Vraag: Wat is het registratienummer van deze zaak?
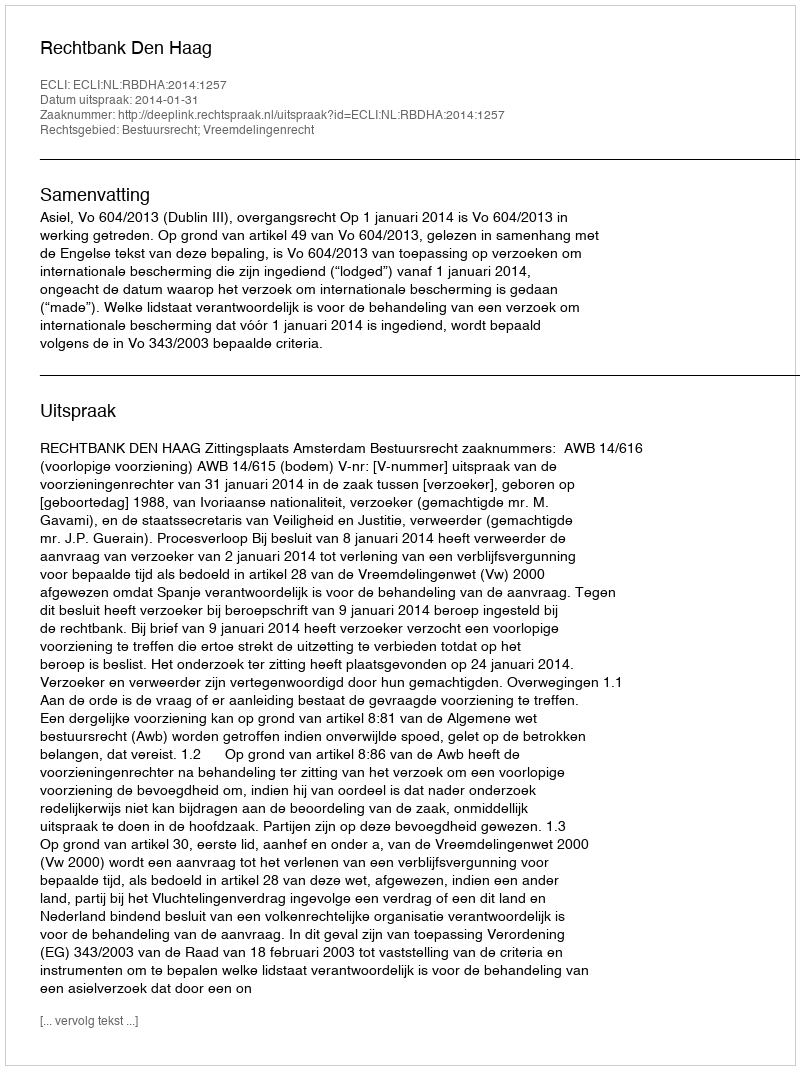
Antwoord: http://deeplink.rechtspraak.nl/uitspraak?id=ECLI:NL:RBDHA:2014:1257